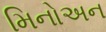
મિનોઅન